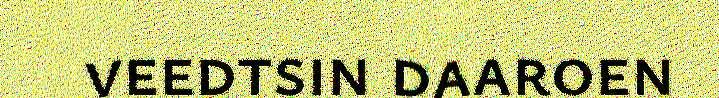
veedtsin daaroen